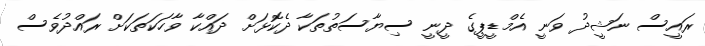
ރައީސް ނަޝީދު ވަނީ އެމްޑީޕީގެ ދީނީ ސިޔާސަތުތަކާ ދެކޮޅަށް ދައްކާ ވާހަކަތަކަށް ރައްދުވެސް